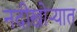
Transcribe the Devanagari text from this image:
नदीखोऱ्यात